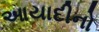
આયાદીનો